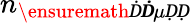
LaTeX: n_{\ensuremath Ḋ\boldsymbol Ḋ\mu ḌḌ}